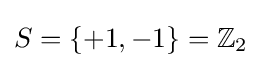
S=\{+1,-1\}=\mathbb {Z} _{2}